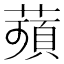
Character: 𦹗